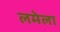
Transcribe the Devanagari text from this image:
लमेला